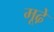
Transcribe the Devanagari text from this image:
मूढे़